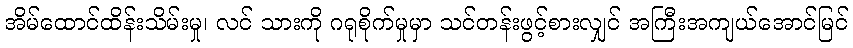
အိမ်ထောင်ထိန်းသိမ်းမှု၊ လင် သားကို ဂရုစိုက်မှုမှာ သင်တန်းဖွင့်စားလျှင် အကြီးအကျယ်အောင်မြင်